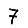
Digit: 7